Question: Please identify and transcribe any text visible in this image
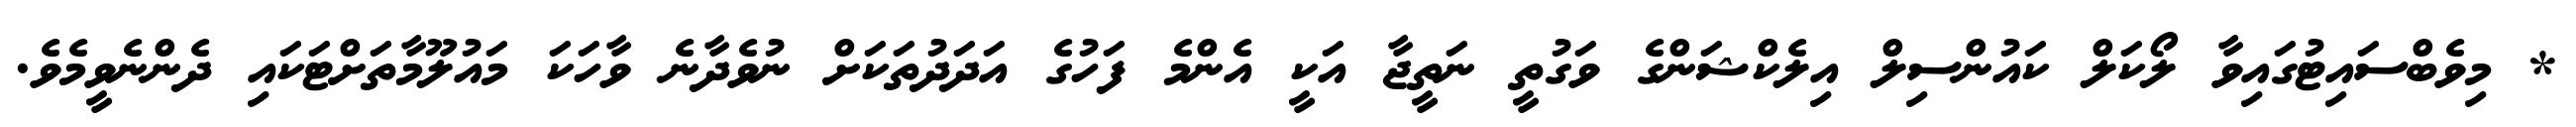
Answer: * މިވެބްސައިޓުގައިވާ ލޯކަލް ކައުންސިލް އިލެކްޝަންގެ ވަގުތީ ނަތީޖާ އަކީ އެންމެ ފަހުގެ އަދަދުތަކަށް ނުވެދާނެ ވާހަކަ މައުލޫމާތަށްޓަކައި ދެންނެވީމެވެ.